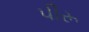
પીરૂ